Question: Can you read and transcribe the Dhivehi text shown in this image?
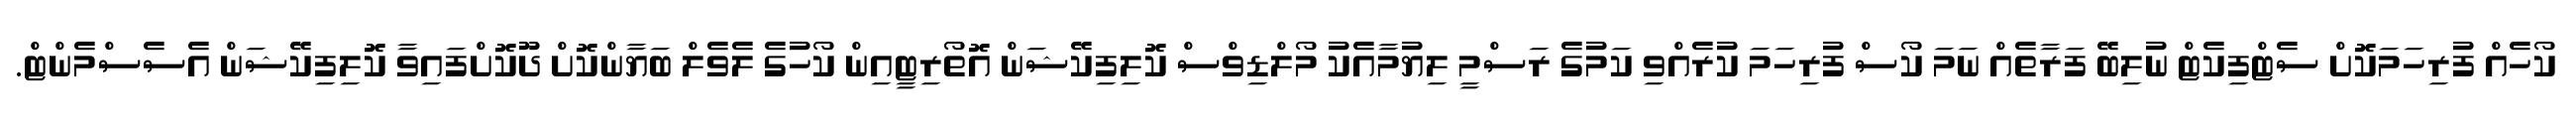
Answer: ކޯހެއް ފުރިހަމަކޮށް ސެޓްފިކެޓް ނުލިބޭ ފަރާތެއް ނަމަ ކޯސް ފުރިހަމަ ކުރެއްވި ކަމުގެ ރަސްމީ ލިޔުމާއެކު މޯލްޑިވްސް ކޮލިފިކޭޝަން އޮތޯރިޓީއިން ކޯހުގެ ލެވެލް ބަޔާންކޮށް ދޫކޮށްފައިވާ ކޮލިފިކޭޝަން އެސެސްމެންޓް.